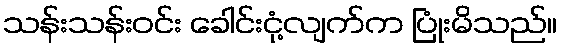
သန်းသန်းဝင်း ခေါင်းငုံ့လျက်က ပြုံးမိသည်။